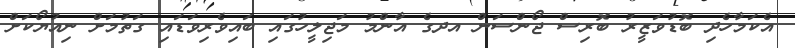
އެކަމާހެދި ބޮޑުވަޒީރު ބޮރިސް ޖޯންސަން އދގެ އާންމު މަޖިލީހުގައި ބައިވެރިވަޑައި ގަތުމަށް ނިއުޔޯކަށް